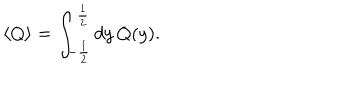
\langle Q \rangle = \int _ { - \frac { 1 } { 2 } } ^ { \frac { 1 } { 2 } } d y \, Q ( y ) .